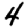
Digit: 4